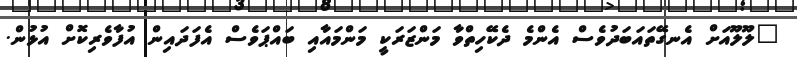
"ލޫލޫއަށް އެނގޭތައަބަދުވެސް އެންމެ ދެކޭހިތްވާ މަންޒަރަކީ މަންމައާއި ބައްޕަވެސް އެފަދައިން އުފާވެރިކޮށް އުޅުން.